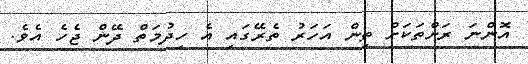
އޮންނަ ރަށްތަކަށް ތިން އަހަރު ތެރޭގައި އެ ހިދުމަތް ދޭން ޖެހެ އެވެ.